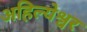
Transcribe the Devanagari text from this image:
अहिल्येश्वर